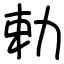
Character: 勅